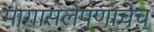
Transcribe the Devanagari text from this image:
मागासलेपणाचेच